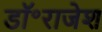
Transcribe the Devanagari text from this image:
डॉ॰राजेश